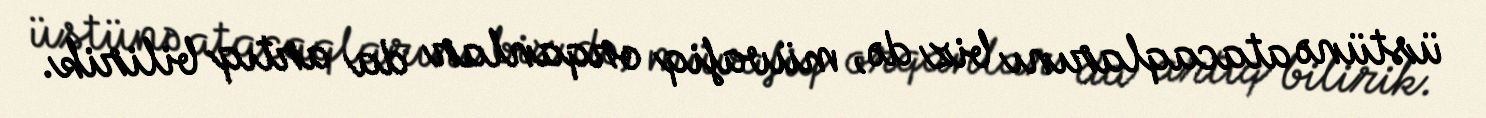
üstünə atacaqlarını biz də, müvafiq orqanlar da artıq bilirik.